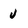
Character: u